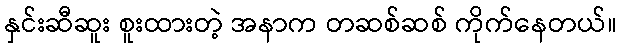
နှင်းဆီဆူး စူးထားတဲ့ အနာက တဆစ်ဆစ် ကိုက်နေတယ်။